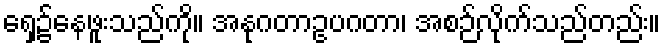
ရှေ့၌နေဖူးသည်ကို။ အနုဂတာဥပဂတာ၊ အစဉ်လိုက်သည်တည်း။